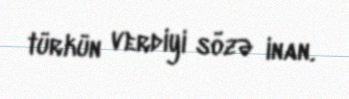
türkün verdiyi sözə inan.